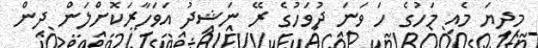
މިދިޔަ މެއި މަހުގެ ހަ ވަނަ ދުވަހުގެ ރޭ ނަޝީދު އަވަހާރަކޮށްލަން ދިން